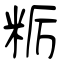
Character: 粝